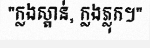
"ក្លងស្ពាន់, ក្លងភ្លុក។"